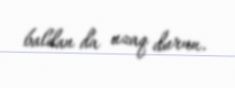
baldan da uzaq durun.